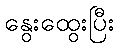
နွေးထွေးပြီး